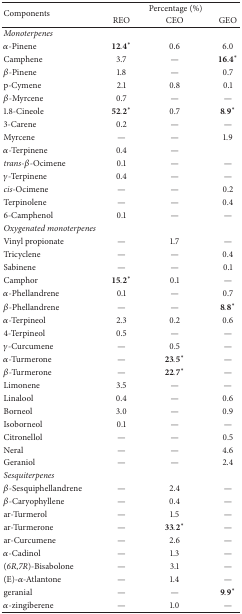
<table><thead><tr><td rowspan="2"><b>Components</b></td><td colspan="3"><b>Percentage (%)</b></td></tr><tr><td><b>REO</b></td><td><b>CEO</b></td><td><b>GEO</b></td></tr></thead><tbody><tr><td colspan="4"><i>Monoterpenes</i></td></tr><tr><td><i>α</i>-Pinene</td><td>12.4<sup><i>∗</i></sup></td><td>0.6</td><td>6.0</td></tr><tr><td>Camphene</td><td>3.7</td><td>—</td><td>16.4<sup><i>∗</i></sup></td></tr><tr><td><i>β</i>-Pinene</td><td>1.8</td><td>—</td><td>0.7</td></tr><tr><td>p-Cymene</td><td>2.1</td><td>0.8</td><td>0.1</td></tr><tr><td><i>β</i>-Myrcene</td><td>0.7</td><td>—</td><td>—</td></tr><tr><td>1.8-Cineole</td><td>52.2<sup><i>∗</i></sup></td><td>0.7</td><td>8.9<sup><i>∗</i></sup></td></tr><tr><td>3-Carene</td><td>0.2</td><td>—</td><td>—</td></tr><tr><td>Myrcene</td><td>—</td><td>—</td><td>1.9</td></tr><tr><td><i>α</i>-Terpinene</td><td>0.4</td><td>—</td><td> </td></tr><tr><td><i>trans</i>-<i>β</i>-Ocimene</td><td>0.1</td><td>—</td><td>—</td></tr><tr><td><i>γ</i>-Terpinene</td><td>0.4</td><td>—</td><td>—</td></tr><tr><td><i>cis</i>-Ocimene</td><td>—</td><td>—</td><td>0.2</td></tr><tr><td>Terpinolene</td><td>—</td><td>—</td><td>0.4</td></tr><tr><td>6-Camphenol</td><td>0.1</td><td>—</td><td>—</td></tr><tr><td colspan="4"><i>Oxygenated monoterpenes</i></td></tr><tr><td>Vinyl propionate</td><td>—</td><td>1.7</td><td>—</td></tr><tr><td>Tricyclene</td><td>—</td><td>—</td><td>0.4</td></tr><tr><td>Sabinene</td><td>—</td><td>—</td><td>0.1</td></tr><tr><td>Camphor</td><td>15.2<sup><i>∗</i></sup></td><td>0.1</td><td>—</td></tr><tr><td><i>α</i>-Phellandrene</td><td>0.1</td><td>—</td><td>0.7</td></tr><tr><td><i>β</i>-Phellandrene</td><td>—</td><td>—</td><td>8.8<sup><i>∗</i></sup></td></tr><tr><td><i>α</i>-Terpineol</td><td>2.3</td><td>0.2</td><td>0.6</td></tr><tr><td>4-Terpineol</td><td>0.5</td><td>—</td><td>—</td></tr><tr><td><i>γ</i>-Curcumene</td><td>—</td><td>0.5</td><td>—</td></tr><tr><td><i>α</i>-Turmerone</td><td>—</td><td>23.5<sup><i>∗</i></sup></td><td>—</td></tr><tr><td><i>β</i>-Turmerone</td><td>—</td><td>22.7<sup><i>∗</i></sup></td><td>—</td></tr><tr><td>Limonene</td><td>3.5</td><td>—</td><td>—</td></tr><tr><td>Linalool</td><td>0.4</td><td>—</td><td>0.6</td></tr><tr><td>Borneol</td><td>3.0</td><td>—</td><td>0.9</td></tr><tr><td>Isoborneol</td><td>0.1</td><td>—</td><td>—</td></tr><tr><td>Citronellol</td><td>—</td><td>—</td><td>0.5</td></tr><tr><td>Neral</td><td>—</td><td>—</td><td>4.6</td></tr><tr><td>Geraniol</td><td>—</td><td>—</td><td>2.4</td></tr><tr><td colspan="4"><i>Sesquiterpenes</i></td></tr><tr><td><i>β</i>-Sesquiphellandrene</td><td>—</td><td>2.4</td><td>—</td></tr><tr><td><i>β</i>-Caryophyllene</td><td>—</td><td>0.4</td><td>—</td></tr><tr><td>ar-Turmerol</td><td>—</td><td>1.5</td><td>—</td></tr><tr><td>ar-Turmerone</td><td>—</td><td>33.2<sup><i>∗</i></sup></td><td>—</td></tr><tr><td>ar-Curcumene</td><td>—</td><td>2.6</td><td>—</td></tr><tr><td><i>α</i>-Cadinol</td><td>—</td><td>1.3</td><td>—</td></tr><tr><td>(<i>6R</i>,<i>7R</i>)-Bisabolone</td><td>—</td><td>3.1</td><td>—</td></tr><tr><td>(E)-<i>α</i>-Atlantone</td><td>—</td><td>1.4</td><td>—</td></tr><tr><td>geranial</td><td>—</td><td>—</td><td>9.9<sup><i>∗</i></sup></td></tr><tr><td><i>α</i>-zingiberene</td><td>—</td><td>1.0</td><td>—</td></tr></tbody></table>